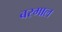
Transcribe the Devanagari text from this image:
बरमाल